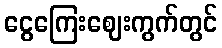
ငွေကြေးဈေးကွက်တွင်